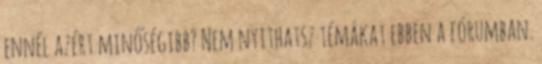
ennél azért minőségibb? Nem nyithatsz témákat ebben a fórumban.